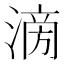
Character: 𣹿